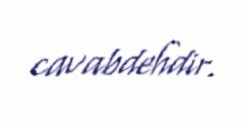
cavabdehdir.